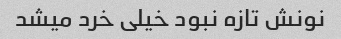
نونش تازه نبود خیلی خرد میشد